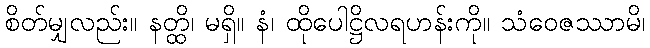
စိတ်မျှလည်း။ နတ္ထိ၊ မရှိ။ နံ၊ ထိုပေါဋ္ဌိလရဟန်းကို။ သံဝေဇဿာမိ၊